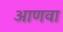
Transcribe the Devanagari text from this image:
आणवा